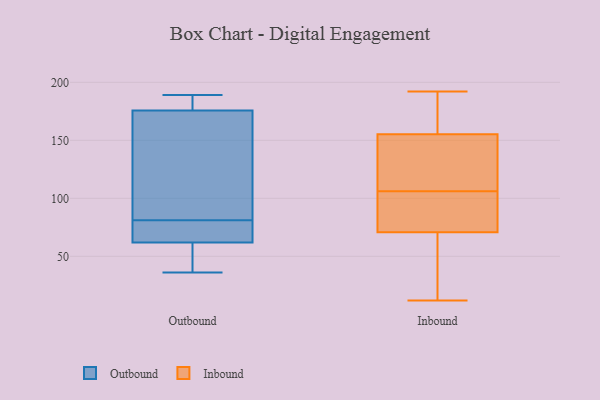
{"axis": {"x": "Active Users", "y": "Value"}, "legend": ["Inbound", "Outbound"], "data": [{"x": "", "y": 177, "type": "Outbound"}, {"x": "", "y": 172, "type": "Outbound"}, {"x": "", "y": 189, "type": "Outbound"}, {"x": "", "y": 36, "type": "Outbound"}, {"x": "", "y": 61, "type": "Outbound"}, {"x": "", "y": 77, "type": "Outbound"}, {"x": "", "y": 159, "type": "Outbound"}, {"x": "", "y": 65, "type": "Outbound"}, {"x": "", "y": 189, "type": "Outbound"}, {"x": "", "y": 81, "type": "Outbound"}, {"x": "", "y": 61, "type": "Outbound"}, {"x": "", "y": 71, "type": "Inbound"}, {"x": "", "y": 119, "type": "Inbound"}, {"x": "", "y": 129, "type": "Inbound"}, {"x": "", "y": 12, "type": "Inbound"}, {"x": "", "y": 172, "type": "Inbound"}, {"x": "", "y": 188, "type": "Inbound"}, {"x": "", "y": 106, "type": "Inbound"}, {"x": "", "y": 192, "type": "Inbound"}, {"x": "", "y": 96, "type": "Inbound"}, {"x": "", "y": 126, "type": "Inbound"}, {"x": "", "y": 70, "type": "Inbound"}, {"x": "", "y": 159, "type": "Inbound"}, {"x": "", "y": 55, "type": "Inbound"}, {"x": "", "y": 98, "type": "Inbound"}, {"x": "", "y": 154, "type": "Inbound"}, {"x": "", "y": 54, "type": "Inbound"}, {"x": "", "y": 102, "type": "Inbound"}]}